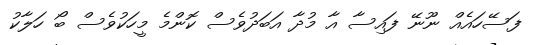
ފަސޭހައެއް ނޫނޭ ފައިސާ އާ މުދާ އަބަދުވެސް ކޮންމެ މީހަކުވެސް ބޯ ހަލާކު